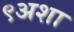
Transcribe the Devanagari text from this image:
९अशा